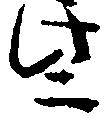
些